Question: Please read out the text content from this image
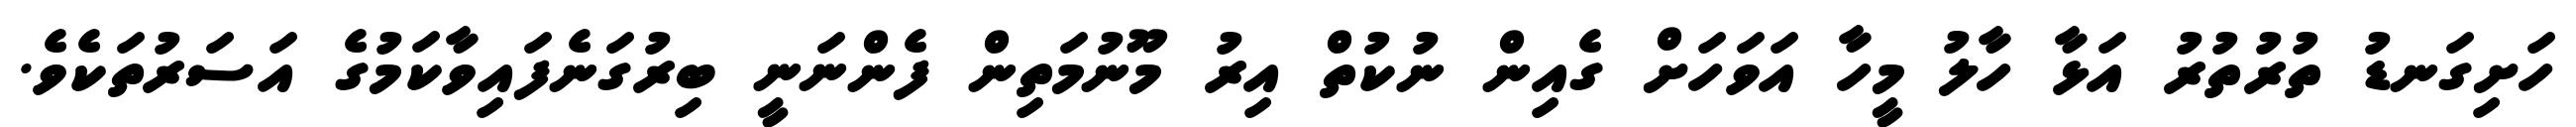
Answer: ހަށިގަނޑު ތުރުތުރު އަޅާ ހާލު މީހާ އަވަހަށް ގެއިން ނުކުތް އިރު މޫނުމަތިން ފެންނަނީ ބިރުގަނެފައިވާކަމުގެ އަސަރުތަކެވެ.